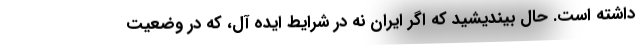
داشته است. حال بیندیشید که اگر ایران نه در شرایط ایده آل، که در وضعیت